Lunatic asylums Madras 1877-1891 - 1877-1891
Year: 1877
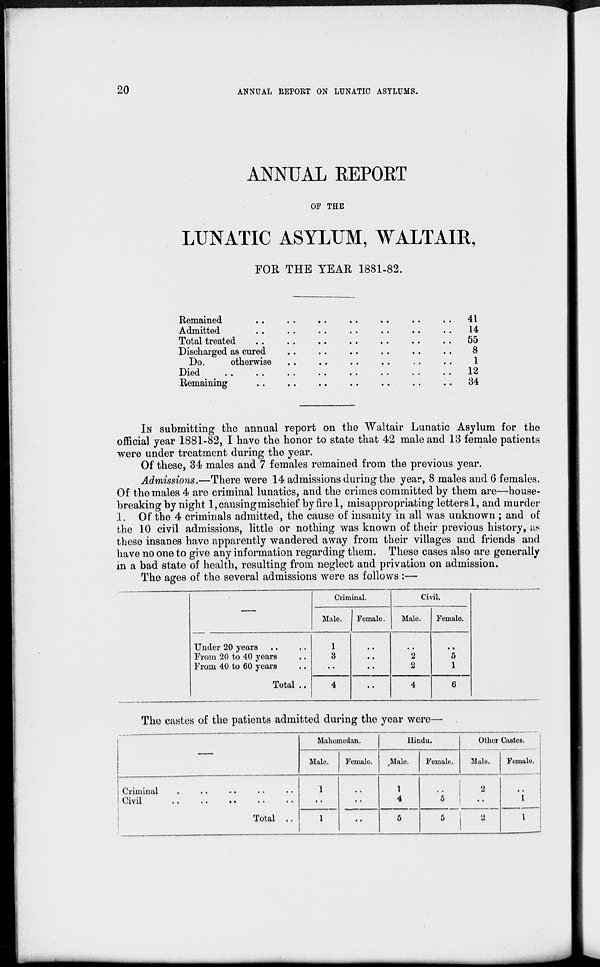
20
ANNUAL REPORT ON LUNATIC ASYLUMS.
ANNUAL REPORT
OF THE
LUNATIC ASYLUM, WALTAIR,
FOR THE YEAR 1881-82.
Remained .. .. .. .. .. .. ..
Admitted .. .. .. .. .. .. ..
Total treated .. .. .. .. .. ..
Discharged as cured .. .. .. .. ..
Do.
otherwise .. .. .. .. ..
Died
..
..
..
..
..
..
..
Remaining .. .. .. .. .. ..
41
14
55
8
1
12
34
IN submitting the annual report on the Waltair Lunatic Asylum for the
official year 1881-82, I have the honor to state that 42 male and 13 female patients
were under treatment during the year.
Of these, 34 males and 7 females remained from the previous year.
Admissions.—There were 14 admissions during the year, 8 males and 6 females.
Of the males 4 are criminal lunatics, and the crimes committed by them are—house-
breaking by night 1, causing mischief by fire 1, misappropriating letters l, and murder
1. Of the 4 criminals admitted, the cause of insanity in all was unknown ; and of
the 10 civil admissions, little or nothing was known of their previous history, as
these insanes have apparently wandered away from their villages and friends and
have no one to give any information regarding them. These cases also are generally
in a bad state of health, resulting from neglect and privation on admission.
The ages of the several admissions were as follows :—
—
Under 20 years .. ..
From 20 to 40 years ..
From 40 to 60 years ..
Total ..
Criminal.
Male.
1
3
..
4
Female.
..
..
..
..
Civil.
Male.
..
2
2
4
Female.
..
5
1
6
The castes of the patients admitted during the year were—
—
Criminal .. .. .. .. .. ..
Civil
..
.. .. .. .. ..
Total ..
Mahomedan.
Male.
1
..
1
Female.
..
..
..
Hindu.
Male.
1
4
5
Female.
..
5
5
Other Castes.
Male.
2
..
2
Female.
..
1
1